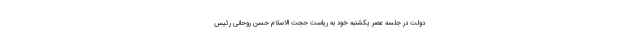
دولت در جلسه عصر یکشنبه خود به ریاست حجت الاسلام حسن روحانی رئیس